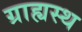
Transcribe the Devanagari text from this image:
ग्राह्यस्थ